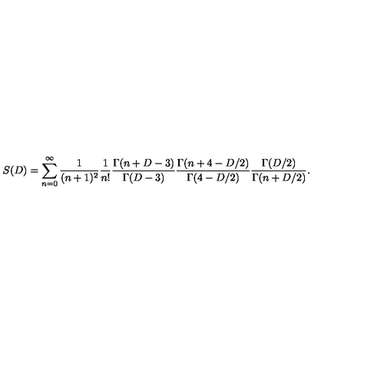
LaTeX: S ( D ) = \sum _ { n = 0 } ^ { \infty } { \frac { 1 } { ( n + 1 ) ^ { 2 } } } { \frac { 1 } { n ! } } { \frac { \Gamma ( n + D - 3 ) } { \Gamma ( D - 3 ) } } { \frac { \Gamma ( n + 4 - D / 2 ) } { \Gamma ( 4 - D / 2 ) } } { \frac { \Gamma ( D / 2 ) } { \Gamma ( n + D / 2 ) } } .